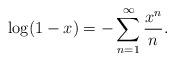
LaTeX: \begin{align*}\log(1-x) = -\sum_{n=1}^\infty \frac{x^n}{n}.\end{align*}